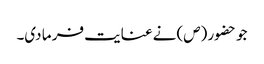
جو حضور (ص) نے عنایت فر ما دی۔